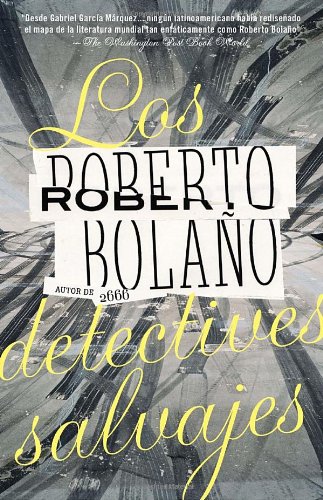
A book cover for Los detectives salvajes (Spanish Edition); Roberto BolaÃ±o; Literature & Fiction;